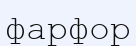
фарфор